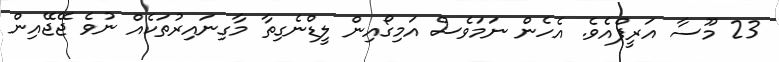
23 މޫސާ އަރީފްއެވެ. އެހެން ނަމަވެސް އަމިގޯއިން ލީޑްނެގިތާ މާގިނައިރުތަކެއް ނުވެ ޖޭޖޭއިން